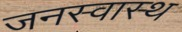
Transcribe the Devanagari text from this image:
जनस्वास्थ